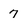
Character: 7